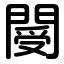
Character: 閿